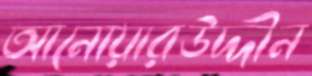
আনোয়ারউদ্দীন